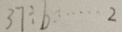
3 7 \div b \cdots 2